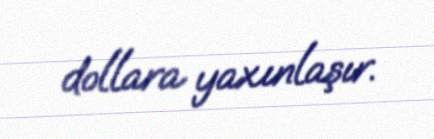
dollara yaxınlaşır.